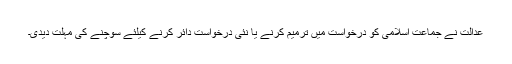
عدالت نے جماعت اسلامی کو درخواست میں ترمیم کرنے یا نئی درخواست دائر کرنے کیلئے سوچنے کی مہلت دیدی۔